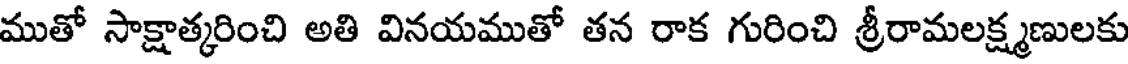
ముతో సాక్షాత్కరించి అతి వినయముతో తన రాక గురించి శ్రీరామలక్ష్మణులకు